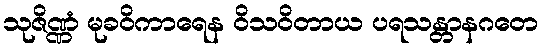
သုဇိဏ္ဏံ မုခဝိကာရေန ဝိသဝိတာယ ပရသန္တာနဂတေ